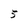
Character: 5